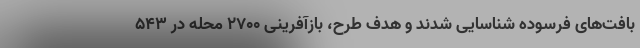
بافت‌های فرسوده شناسایی شدند و هدف طرح، بازآفرینی ۲۷۰۰ محله در ۵۴۳